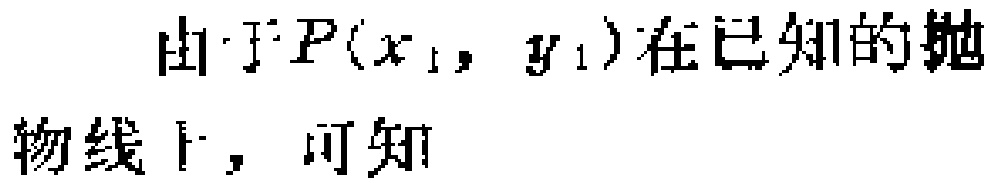
由于\(P(x_{1},y_{1})\)在已知的抛物线上，可知